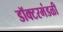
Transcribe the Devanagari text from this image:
डॉक्टरमंडळी